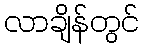
လာချိန်တွင်